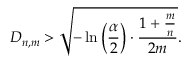
D _ { n , m } > { \sqrt { - \ln \left( { \frac { \alpha } { 2 } } \right) \cdot { \frac { 1 + { \frac { m } { n } } } { 2 m } } } } .